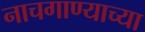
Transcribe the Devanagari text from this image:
नाचगाण्याच्या